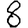
Digit: 8